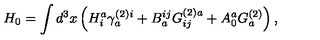
H _ { 0 } = \int d ^ { 3 } x \left( H _ { i } ^ { a } \gamma _ { a } ^ { ( 2 ) i } + B _ { a } ^ { i j } G _ { i j } ^ { ( 2 ) a } + A _ { 0 } ^ { a } G _ { a } ^ { ( 2 ) } \right) ,